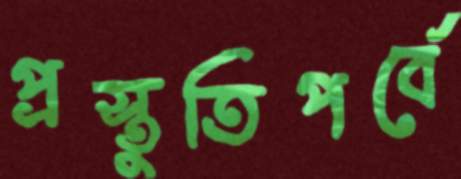
প্রস্তুতিপর্বে